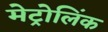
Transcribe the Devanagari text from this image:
मेट्रोलिंक